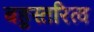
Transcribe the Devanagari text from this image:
बहुस्तरित्व